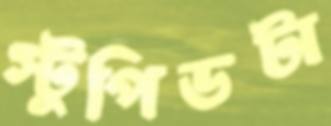
স্টুপিডটা